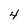
Character: 4